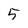
Character: 5